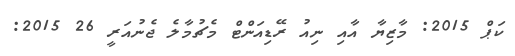
ކަޕް 2015: މާޒިޔާ އާއި ނިއު ރޭޑިއަންޓް މެޗުމާލެ ޖެނުއަރީ 26 2015: